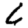
Digit: 6